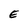
Character: E